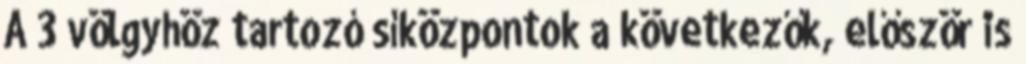
A 3 völgyhöz tartozó síközpontok a következők, először is